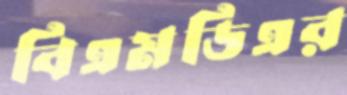
বিএমডিএর